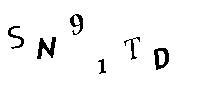
SN91TD